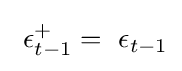
~\epsilon _{t-1}^{+}=~\epsilon _{t-1}